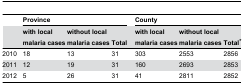
<table><thead><tr><td></td><td colspan="3"><b>Province</b></td><td></td><td colspan="3"><b>County</b></td></tr><tr><td></td><td><b>with local malaria cases</b></td><td><b>without local malaria cases</b></td><td><b>Total</b></td><td></td><td><b>with local malaria cases</b></td><td><b>without local malaria cases</b></td><td><b>Total*</b></td></tr></thead><tbody><tr><td>2010</td><td>18</td><td>13</td><td>31</td><td></td><td>303</td><td>2553</td><td>2856</td></tr><tr><td>2011</td><td>12</td><td>19</td><td>31</td><td></td><td>160</td><td>2693</td><td>2853</td></tr><tr><td>2012</td><td>5</td><td>26</td><td>31</td><td></td><td>41</td><td>2811</td><td>2852</td></tr></tbody></table>